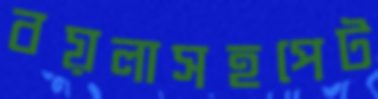
বয়লাসহপেট